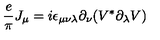
{ \frac { e } { \pi } } J _ { \mu } = i \epsilon _ { \mu \nu \lambda } \partial _ { \nu } ( V ^ { \ast } \partial _ { \lambda } V )